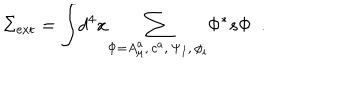
\Sigma _ { \mathrm { e x t } } = { \int } d ^ { 4 } x { \sum _ { \Phi = A _ { \mu } ^ { a } , \, c ^ { a } , \, \Psi _ { I } , \, \phi _ { i } } } \Phi ^ { * } s \Phi ~ ~ .